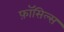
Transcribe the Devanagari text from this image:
फ़ॉसिल्स